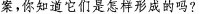
案，你知道它们是怎样形成的吗?